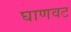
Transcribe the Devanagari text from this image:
घाणवट